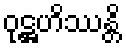
ဝုဋ္ဌဟိဿန္တိ